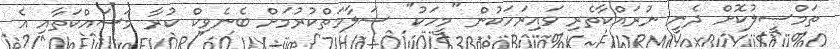
ތަމްސީލުކޮށް ދެނީ ނުރައްކާތެރި ވައިރަހަކުން "މީހަކު" ސަލާމަތްކުރުމަށް ބެނެވިކް ކުރާ މަސައްކަތާއި އެ